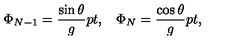
\Phi _ { N - 1 } = { \frac { \sin \theta } { g } } \raise 2 p t \mathrm { , } \quad \Phi _ { N } = { \frac { \cos \theta } { g } } \raise 2 p t \mathrm { , }